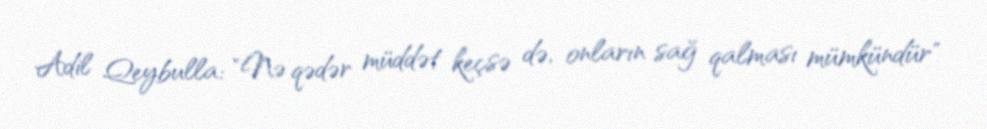
Adil Qeybulla: "Nə qədər müddət keçsə də, onların sağ qalması mümkündür"